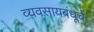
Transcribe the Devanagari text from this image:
व्यवसायबंधूचें